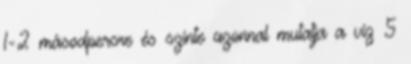
1-2 másodpercre és szinte azonnal mutatja a víz 5